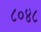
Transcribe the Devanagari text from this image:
८०४८